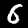
Digit: 6